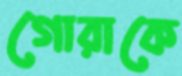
গোরাকে